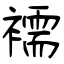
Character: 襦